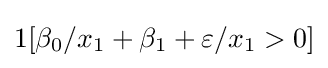
1[\beta _{0}/x_{1}+\beta _{1}+\varepsilon /x_{1}>0]